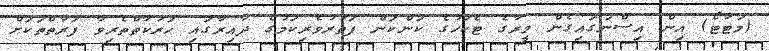
(މަޓާޓޯ) އިން އިސްނަގައިގެން މީރާގެ ޓެކުހުގެ ކަންކަން ފަތުރުވެރިކަމުގެ ދާއިރާގައި ހަރަކާތްތެރިވާ ފަރާތްތަކަށް